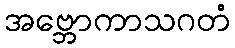
အဗ္ဘောကာသဂတံ